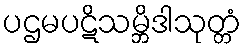
ပဌမပဋိသမ္ဘိဒါသုတ္တံ